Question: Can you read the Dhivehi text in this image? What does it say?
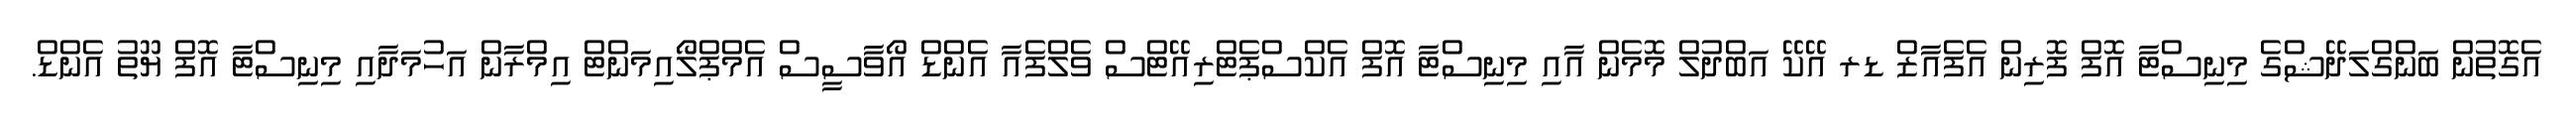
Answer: އެގޮތުން ބަންގްލަދޭޝްގެ މިނިސްޓާ އޮފް ފޮރިން އެފެއާޒް ޑރ އޭކޭ އަބްދުލް މޮމެން އާއި މިނިސްޓާ އޮފް އެކްސްޕެޓްރިއޭޓްސް ވެލްފެއާ އެންޑް އޯވާސީސް އެމްޕްލޯއިމަންޓް އިމްރާން އަހުމަދާއި މިނިސްޓާ އޮފް ޔޫތު އެންޑް.